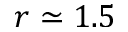
r \simeq 1 . 5